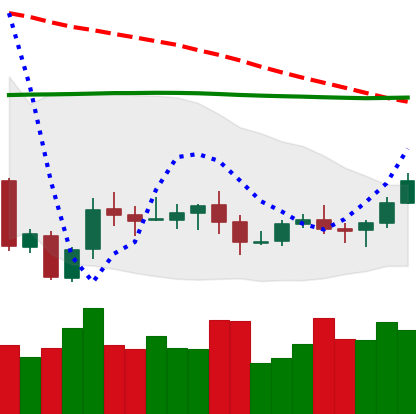
Ticker: XLM-USD
Chart end date: 2020-10-10
Forward return: -4.306%
Label: down_3_5